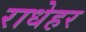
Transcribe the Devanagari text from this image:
राधेहर